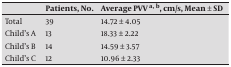
<table><thead><tr><td></td><td><b>Patients, No.</b></td><td><b>Average PVV a, b, cm/s, Mean ± SD</b></td></tr></thead><tbody><tr><td>Total</td><td>39</td><td>14.72 ± 4.05</td></tr><tr><td>Child’s A</td><td>13</td><td>18.33 ± 2.22</td></tr><tr><td>Child’s B</td><td>14</td><td>14.59 ± 3.57</td></tr><tr><td>Child’s C</td><td>12</td><td>10.96 ± 2.33</td></tr></tbody></table>